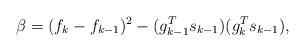
LaTeX: \begin{align*} \beta=(f_k-f_{k-1})^2-(g_{k-1}^Ts_{k-1})(g_k^Ts_{k-1}),\end{align*}